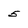
Character: 5